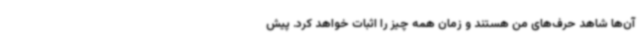
آن‌ها شاهد حرف‌های من هستند و زمان همه چیز را اثبات خواهد کرد. پیش